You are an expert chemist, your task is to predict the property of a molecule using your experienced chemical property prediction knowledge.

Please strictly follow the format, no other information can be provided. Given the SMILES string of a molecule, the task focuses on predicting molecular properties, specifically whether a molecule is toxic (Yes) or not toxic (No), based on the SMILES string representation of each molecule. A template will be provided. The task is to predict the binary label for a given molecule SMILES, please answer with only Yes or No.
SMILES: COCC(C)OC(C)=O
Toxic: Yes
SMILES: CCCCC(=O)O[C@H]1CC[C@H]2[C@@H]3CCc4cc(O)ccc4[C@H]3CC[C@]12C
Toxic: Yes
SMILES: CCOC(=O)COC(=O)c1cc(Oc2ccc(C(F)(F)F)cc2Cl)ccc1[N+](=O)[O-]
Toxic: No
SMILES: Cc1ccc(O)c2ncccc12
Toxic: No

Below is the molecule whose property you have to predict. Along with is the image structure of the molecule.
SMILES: C/C(=N\Cc1ccccc1)c1ccccc1O
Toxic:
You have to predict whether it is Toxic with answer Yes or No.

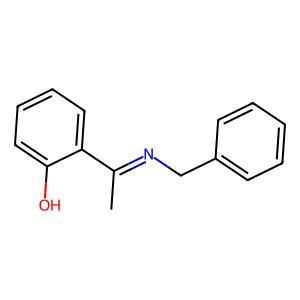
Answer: No